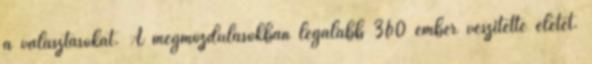
a választásokat. A megmozdulásokban legalább 360 ember veszítette életét.